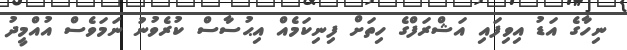
ނިހާގެ އަޑު އިވިފައި އަޝްރަފްގެ ހިތަށް ފިނިކަމެއް އިޙުސާސް ކުރެވުނު ނަމަވެސް އުއްމީދު